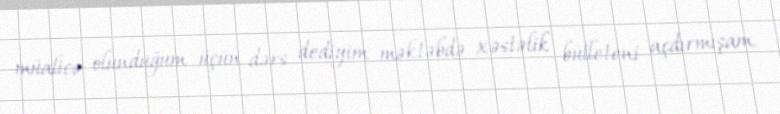
müalicə olunduğum üçün dərs dediyim məktəbdə xəstəlik bülleteni açdırmışam.